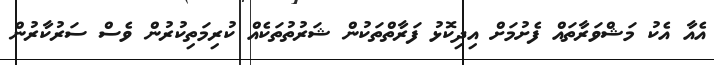
އެއާ އެކު މަަޝްވަރާތައް ފެށުމަށް އިދިކޮޅު ފަރާތްތަކުން ޝަރުތުތަކެއް ކުރިމަތިކުރުން ވެސް ސަރުކާރުން